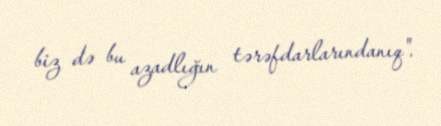
biz də bu azadlığın tərəfdarlarındanıq".